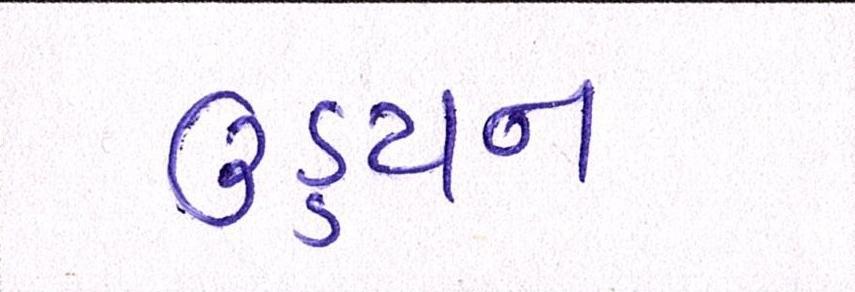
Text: ઉડ્ડયન